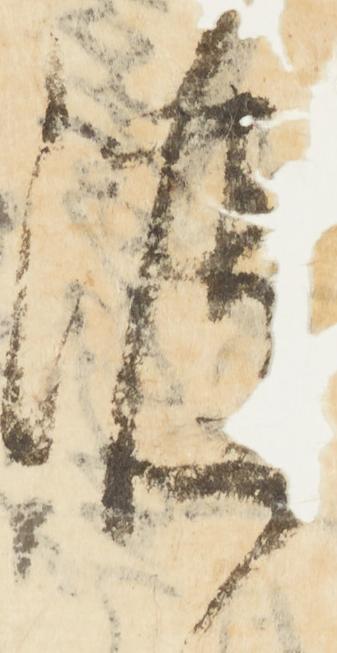
渡